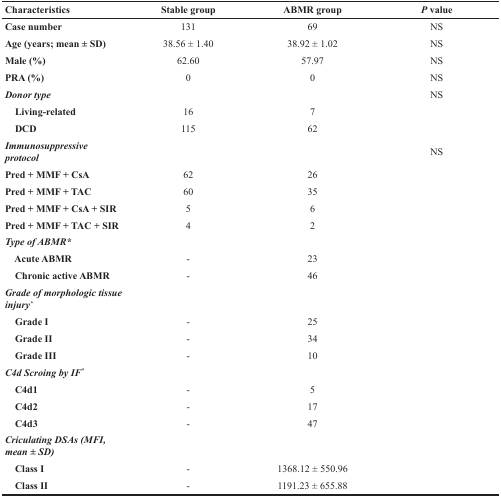
<table><thead><tr><td><b>Characteristics</b></td><td><b>Stable group</b></td><td><b>ABMR group</b></td><td><b><i>P</i> value</b></td></tr></thead><tbody><tr><td><b>Case number</b></td><td>131</td><td>69</td><td>NS</td></tr><tr><td><b>Age (years; mean ± SD)</b></td><td>38.56 ± 1.40</td><td>38.92 ± 1.02</td><td>NS</td></tr><tr><td><b>Male (%)</b></td><td>62.60</td><td>57.97</td><td>NS</td></tr><tr><td><b>PRA (%)</b></td><td>0</td><td>0</td><td>NS</td></tr><tr><td><b><i>Donor type</i></b></td><td></td><td></td><td>NS</td></tr><tr><td> <b>Living-related</b></td><td>16</td><td>7</td><td></td></tr><tr><td> <b>DCD</b></td><td>115</td><td>62</td><td></td></tr><tr><td><b><i>Immunosuppressive protocol</i></b></td><td></td><td></td><td>NS</td></tr><tr><td><b>Pred + MMF + CsA</b></td><td>62</td><td>26</td><td></td></tr><tr><td><b>Pred + MMF + TAC</b></td><td>60</td><td>35</td><td></td></tr><tr><td><b>Pred + MMF + CsA + SIR</b></td><td>5</td><td>6</td><td></td></tr><tr><td><b>Pred + MMF + TAC + SIR</b></td><td>4</td><td>2</td><td></td></tr><tr><td><b><i>Type of ABMR*</i></b></td><td></td><td></td><td></td></tr><tr><td> <b>Acute ABMR</b></td><td>-</td><td>23</td><td></td></tr><tr><td> <b>Chronic active ABMR</b></td><td>-</td><td>46</td><td></td></tr><tr><td><b><i>Grade of morphologic tissue injury</i></b><sup><b><i>*</i></b></sup></td><td></td><td></td><td></td></tr><tr><td> <b>Grade I</b></td><td>-</td><td>25</td><td></td></tr><tr><td> <b>Grade II</b></td><td>-</td><td>34</td><td></td></tr><tr><td> <b>Grade III</b></td><td>-</td><td>10</td><td></td></tr><tr><td><b><i>C4d Scroing by IF</i></b><sup><b><i>*</i></b></sup></td><td></td><td></td><td></td></tr><tr><td> <b>C4d1</b></td><td>-</td><td>5</td><td></td></tr><tr><td> <b>C4d2</b></td><td>-</td><td>17</td><td></td></tr><tr><td> <b>C4d3</b></td><td>-</td><td>47</td><td></td></tr><tr><td><b><i>Criculating DSAs (MFI, mean ± SD)</i></b></td><td></td><td></td><td></td></tr><tr><td> <b>Class I</b></td><td>-</td><td>1368.12 ± 550.96</td><td></td></tr><tr><td> <b>Class II</b></td><td>-</td><td>1191.23 ± 655.88</td><td></td></tr></tbody></table>